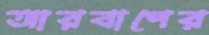
আরবাপের